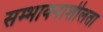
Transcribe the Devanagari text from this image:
सम्भावनाशीलता